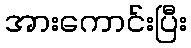
အားကောင်းပြီး